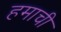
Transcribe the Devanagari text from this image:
हमाची